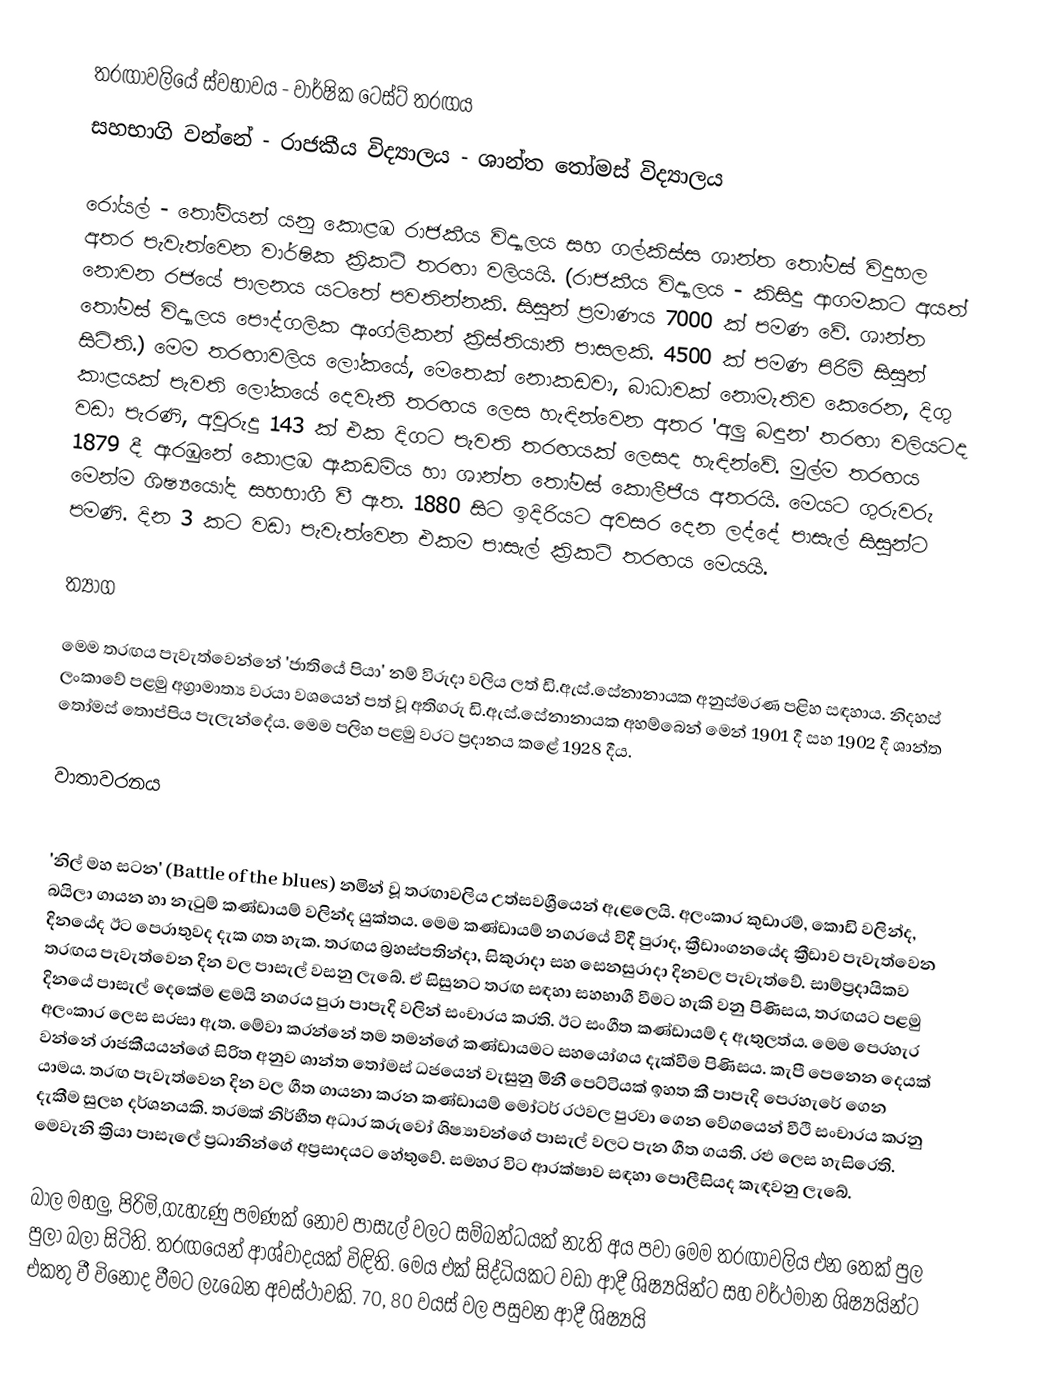
තරඟාවලියේ ස්වභාවය		-	වාර්ෂික ටෙස්ට් තරඟය
සහභාගි වන්නේ			-	රාජකීය විද්‍යාලය - ශාන්ත තෝමස් විද්‍යාලය

රෝයල් - තෝමියන් යනු කොළඹ රාජකීය විද්‍යාලය සහ ගල්කිස්ස ශාන්ත තෝමස් විදුහල අතර පැවැත්වෙන වාර්ෂික ක්‍රිකට් තරඟා වලියයි. (රාජකීය විද්‍යාලය - කිසිදු ආගමකට අයත් නොවන රජයේ පාලනය යටතේ පවතින්නකි. සිසුන් ප්‍රමාණය 7000 ක් පමණ වේ. ශාන්ත තෝමස් විද්‍යාලය පෞද්ගලික ඇංග්ලිකන් ක්‍රිස්තියානි පාසලකි. 4500 ක් පමණ පිරිමි සිසුන් සිටිති.) මෙම තරඟාවලිය ලෝකයේ, මෙතෙක් නොකඩවා, බාධාවක් නොමැතිව කෙරෙන, දිගු කාළයක් පැවති ලෝකයේ දෙවැනි තරඟය ලෙස හැඳින්වෙන අතර 'අලු බඳුන' තරඟා වලියටද වඩා පැරණි, අවුරුදු 143 ක් එක දිගට පැවති තරඟයක් ලෙසද හැඳින්වේ. මුල්ම තරඟය 1879 දී ඇරඹුනේ කොළඹ ඇකඩමිය හා ශාන්ත තෝමස් කොලීජිය අතරයි. මෙයට ගුරුවරු මෙන්ම ශිෂ්‍යයෝද සහභාගී වී ඇත. 1880 සිට ඉදිරියට අවසර දෙන ලද්දේ පාසැල් සිසුන්ට පමණි. දින 3 කට වඩා පැවැත්වෙන එකම පාසැල් ක්‍රිකට් තරඟය මෙයයි.

ත්‍යාග

මෙම තරඟය පැවැත්වෙන්නේ 'ජාතියේ පියා' නම් විරුදා වලිය ලත් ඩි.ඇස්.සේනානායක අනුස්මරණ පළිහ සඳහාය. නිදහස් ලංකාවේ පළමු අග්‍රාමාත්‍ය වරයා වශයෙන් පත් වූ අතිගරු ඩි.ඇස්.සේනානායක අහම්බෙන් මෙන් 1901 දී සහ 1902 දී ශාන්ත තෝමස් තොප්පිය පැලැන්දේය. මෙම පලිහ පළමු වරට ප්‍රදානය කළේ 1928 දීය.

වාතාවරනය

'නිල් මහ සටන' (Battle of the blues) නමින් වූ තරඟාවලිය උත්සවශ්‍රීයෙන් ඇළලෙයි. අලංකාර කුඩාරම්, කොඩි වලින්ද, බයිලා ගායන හා නැටුම් කණ්ඩායම් වලින්ද යුක්තය. මෙම කණ්ඩායම් නගරයේ විදී පුරාද, ක්‍රීඩාංගනයේද ක්‍රීඩාව පැවැත්වෙන දිනයේද ඊට පෙරාතුවද දැක ගත හැක. තරඟය බ්‍රහස්පතින්දා, සිකුරාදා සහ සෙනසුරාදා දිනවල පැවැත්වේ. සාම්ප්‍රදායිකව තරඟය පැවැත්වෙන දින වල පාසැල් වසනු ලැබේ. ඒ සිසුනට තරඟ සඳහා සහභාගී වීමට හැකි වනු පිණිසය, තරඟයට පළමු දිනයේ පාසැල් දෙකේම ළමයි නගරය පුරා පාපැදි වලින් සංචාරය කරති. ඊට සංගීත කණ්ඩායම් ද ඇතුලත්ය. මෙම පෙරහැර  අලංකාර ලෙස සරසා ඇත. මේවා කරන්නේ තම තමන්ගේ කණ්ඩායමට සහයෝගය දැක්වීම පිණිසය. කැපී පෙනෙන දෙයක් වන්නේ රාජකීයයන්ගේ සිරිත අනුව ශාන්ත තෝමස් ධජයෙන් වැසුනු මිනී පෙට්ටියක් ඉහත කී පාපැදි පෙරහැරේ ගෙන යාමය. තරඟ පැවැත්වෙන දින වල ගීත ගායනා කරන කණ්ඩායම් මෝටර් රථවල පුරවා ගෙන වේගයෙන් වීථි සංචාරය කරනු දැකීම සුලභ දර්ශනයකි. තරමක් නිර්භීත අධාර කරුවෝ ශිෂ්‍යාවන්ගේ පාසැල් වලට පැන ගීත ගයති. රළු ලෙස හැසිරෙති. මෙවැනි ක්‍රියා පාසැලේ ප්‍රධානින්ගේ අප්‍රසාදයට හේතුවේ. සමහර විට ආරක්ෂාව සඳහා පොලීසියද කැඳවනු ලැබේ.

බාල මහලු, පිරිමි,ගැහැණු පමණක් නොව පාසැල් වලට සම්බන්ධයක් නැති අය පවා මෙම තරඟාවලිය එන තෙක් පුල පුලා බලා සිටිති. තරඟයෙන් ආශ්වාදයක් විඳිති. මෙය එක් සිද්ධියකට වඩා ආදී ශිෂ්‍යයින්ට සහ වර්ථමාන ශිෂ්‍යයින්ට එකතු වී විනෝද වීමට ලැබෙන අවස්ථාවකි. 70, 80 වයස් වල පසුවන ආදී ශිෂ්‍යයි